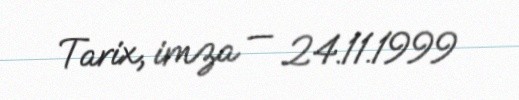
Tarix, imza — 24.11.1999